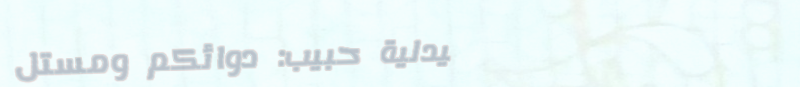
صيدلية حبيب: دوائكم ومستل